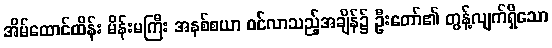
အိမ်ထောင်ထိန်း မိန်းမကြီး အနစ်စယာ ဝင်လာသည့်အချိန်၌ ဦးတော်၏ တွန့်လျက်ရှိသော